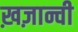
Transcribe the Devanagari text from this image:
ख़ज़ान्ची